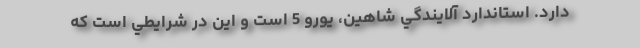
دارد. استاندارد آلايندگي شاهين، يورو 5 است و اين در شرايطي است كه